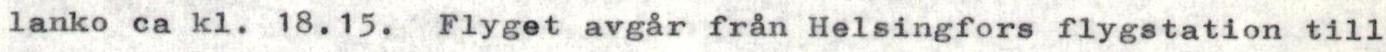
lanko ca kl. 18.15. Flyget avgår från Helsingfors flygstation till